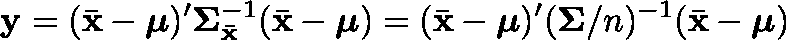
\mathbf { y } = ( { \bar { \mathbf { x } } } - { \boldsymbol { \mu } } ) ^ { \prime } { \mathbf { \Sigma } } _ { \bar { \mathbf { x } } } ^ { - 1 } ( { \bar { \mathbf { x } } } - { \boldsymbol { \mathbf { \mu } } } ) = ( { \bar { \mathbf { x } } } - { \boldsymbol { \mu } } ) ^ { \prime } ( { \mathbf { \Sigma } } / n ) ^ { - 1 } ( { \bar { \mathbf { x } } } - { \boldsymbol { \mathbf { \mu } } } )